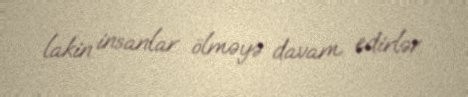
lakin insanlar ölməyə davam edirlər.